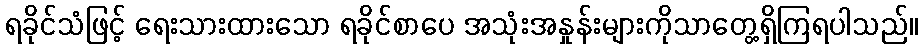
ရခိုင်သံဖြင့် ရေးသားထားသော ရခိုင်စာပေ အသုံးအနှုန်းများကိုသာတွေ့ရှိကြရပါသည်။